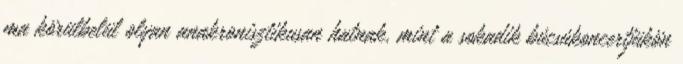
ma körülbelül olyan anakronisztikusan hatnak, mint a sokadik búcsúkoncertjükön